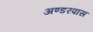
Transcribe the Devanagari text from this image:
अण्डरपास